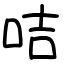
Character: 咭